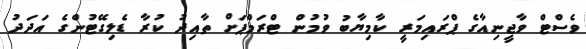
ވެސްޓް ވާޖީނިއާގެ ޕްރައިމަރީ ކާމިޔާބު ވުމުން ޓްރަމްޕަށް ތާއިދު ކުރާ ޑެލިގޭޓުންގެ އަދަދު